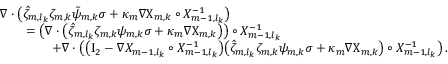
\begin{array} { r l } { \lefteqn { \nabla \cdot \bigl ( \hat { \zeta } _ { m , l _ { k } } \zeta _ { m , k } \tilde { \psi } _ { m , k } \sigma + \kappa _ { m } \nabla { \Chi } _ { m , k } \circ X _ { m - 1 , l _ { k } } ^ { - 1 } \bigr ) } \quad } & { } \\ & { = \bigl ( \nabla \cdot \bigl ( \hat { \zeta } _ { m , l _ { k } } \zeta _ { m , k } { \psi } _ { m , k } \sigma + \kappa _ { m } \nabla { \Chi } _ { m , k } \bigr ) \bigr ) \circ X _ { m - 1 , l _ { k } } ^ { - 1 } } \\ & { \qquad + \nabla \cdot \bigl ( \bigl ( \ensuremath { \mathrm { I } _ { 2 } } - \nabla X _ { m - 1 , l _ { k } } \circ X _ { m - 1 , l _ { k } } ^ { - 1 } \bigr ) \bigl ( \hat { \zeta } _ { m , l _ { k } } \zeta _ { m , k } { \psi } _ { m , k } \sigma + \kappa _ { m } \nabla { \Chi } _ { m , k } \bigr ) \circ X _ { m - 1 , l _ { k } } ^ { - 1 } \bigr ) \, . } \end{array}